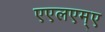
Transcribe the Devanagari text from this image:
एएलएम्ए